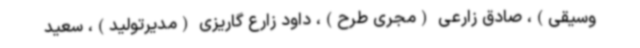
وسیقی)، صادق زارعی (مجری طرح)، داود زارع گاریزی (مدیرتولید)، سعید